Civil Veterinary Department Bengal reports 1933-51 - 1933-1951
Year: 1933
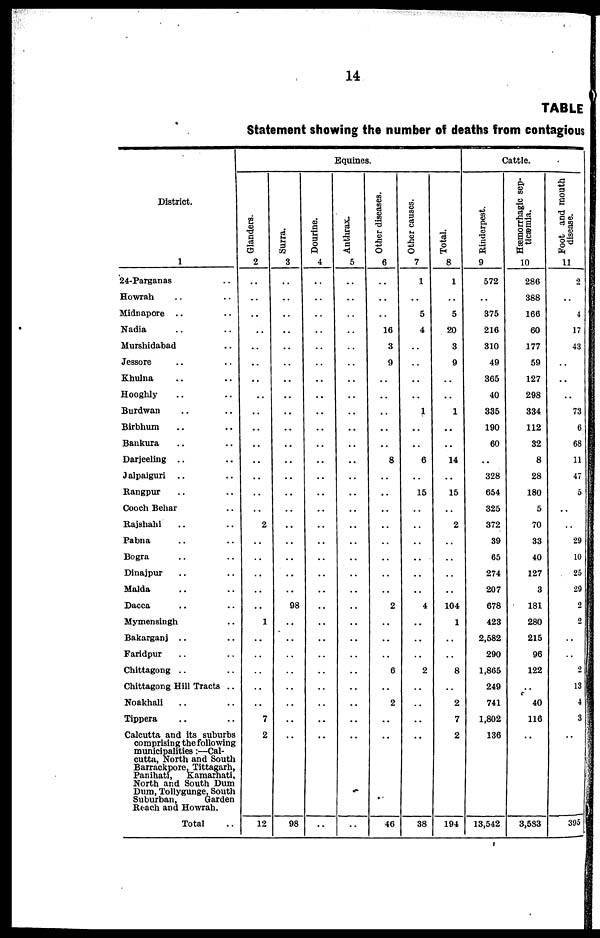
14
TABLE
Statement showing the number of deaths from contagious
District.
1
24-Parganas ..
Howrah .. ..
Midnapore .. ..
Nadia .. ..
Murshidabad ..
Jessore .. ..
Khulna .. ..
Hooghly .. ..
Burdwan .. ..
Birbhum .. ..
Bankura .. ..
Darjeeling .. ..
Jalpaiguri .. ..
Rangpur .. ..
Coach Behar ..
Rajshahi .. ..
..Pabna .. ..
Bogra .. ..
Dinajpur .. ..
Malda .. ..
Dacca
Mymensingh ..
Bakarganj .. ..
Faridpur .. ..
Chittagong .. ..
Chittagong Hill Tracts ..
Noakhali .. ..
Tippera .. ..
Calcutta and its suburbs
comprising the following
municipalities:—Cal-
cutta, North and South
Barrackpore, Tittagarh,
Panihati,
Kamarhati,
North and South Dum
Dum, Tollygunge, South
Suburban,
Garden
Reach and Howrah.
Total
Equines.
Glanders.
2
..
..
..
..
..
..
..
..
..
..
..
..
..
..
..
2
..
..
..
..
..
1
..
..
..
..
..
7
2
12
Surra.
3
..
..
..
..
..
..
..
..
..
..
..
..
..
..
..
..
..
..
..
..
98
..
..
..
..
..
..
..
..
98
Dourine.
4
..
..
..
..
..
..
..
..
..
..
..
..
..
..
..
..
..
..
..
..
..
..
..
..
..
..
..
..
..
..
Anthrax.
5
..
..
..
..
..
..
..
..
..
..
..
..
..
..
..
..
..
..
..
..
..
..
..
..
..
..
..
..
..
..
Other diseases.
6
..
..
..
16
3
9
..
..
..
..
..
8
..
..
..
..
..
..
..
..
2
..
..
..
6
..
2
..
..
46
Other causes.
7
1
..
5
4
..
..
..
..
1
..
..
6
..
15
..
..
..
..
..
..
4
..
..
..
2
..
..
..
..
38
Total.
8
1
..
5
20
3
9
..
..
1
..
..
14
..
15
..
2
..
..
..
..
104
1
..
..
8
..
2
7
2
194
Cattle.
Rinderpest.
9
572
..
375
216
310
49
365
40
335
190
60
..
328
654
325
372
39
65
274
207
678
423
2,582
290
1,865
249
741
1,802
136
13,542
Hæmorrhagic sep-
ticæmia.
10
286
388
166
60
177
59
127
298
334
112
32
8
28
180
5
70
33
40
127
3
181
280
215
96
122
..
40
116
..
3,533
Foot and mouth
disease.
11
2
..
4
17
43
..
..
..
73
6
68
11
47
5
..
..
29
10
25
29
2
2
..
..
2
13
4
3
..
395